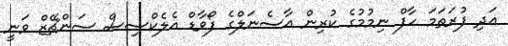
އަދި ފުރަތަމަ ހާފް ނިމުމުގެ ކުރިން އާސެނަލްގެ ފޯވާޑް އެލެކްސިސް ސަންޗޭޒް ވަނީ